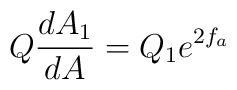
Q \frac{dA_1}{dA} = Q_1 e^{2 f_a}